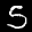
Label: 5